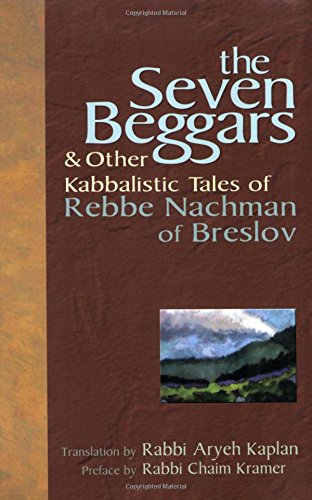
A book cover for The Seven Beggars: & Other Kabbalistic Tales of Rebbe Nachman of Breslov; Rebbe Nachman of Breslov; Religion & Spirituality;